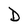
Character: D